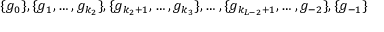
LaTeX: \{ g _ { 0 } \} , \{ g _ { 1 } , \ldots , g _ { k _ { 2 } } \} , \{ g _ { k _ { 2 } + 1 } , \ldots , g _ { k _ { 3 } } \} , \ldots , \{ g _ { k _ { L - 2 } + 1 } , \ldots , g _ { - 2 } \} , \{ g _ { - 1 } \}